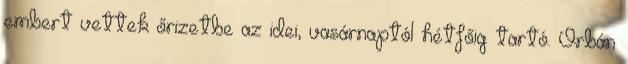
embert vettek őrizetbe az idei, vasárnaptól hétfőig tartó. Orbán